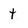
Character: t